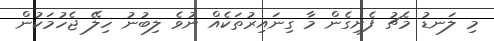
މި ލަނޑު މެޗު ފެށިގެން މާ ގިނައިރުތަކެއް ނުވެ ލިބުނު ހިލޭ ޖެހުމަކުން